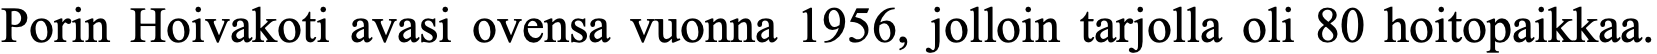
Porin Hoivakoti avasi ovensa vuonna 1956, jolloin tarjolla oli 80 hoitopaikkaa.